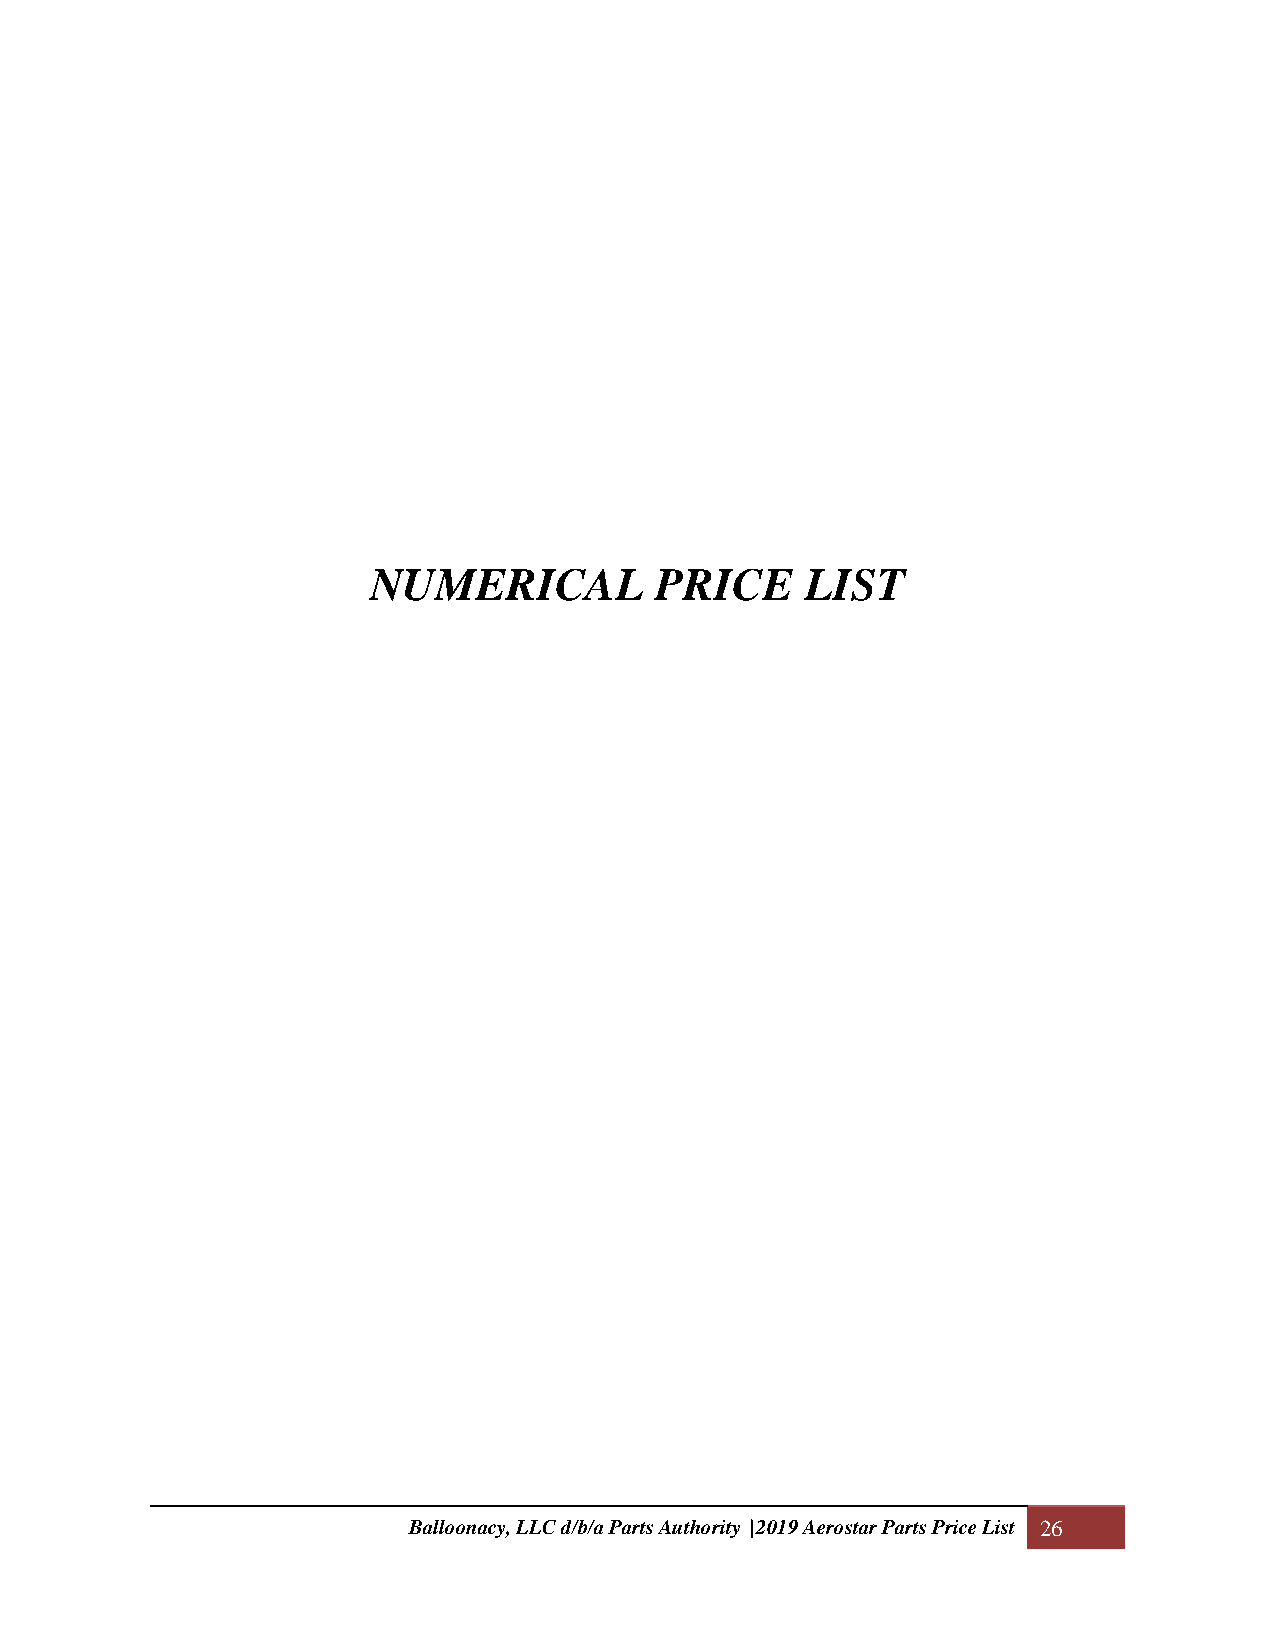
NUMERICAL          PRICE     LIST
 Balloonacy, LLC d/b/a Parts Authority |2019 Aerostar Parts Price List 26